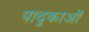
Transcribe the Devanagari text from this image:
पादुकाओं